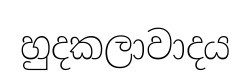
හුදකලාවාදය